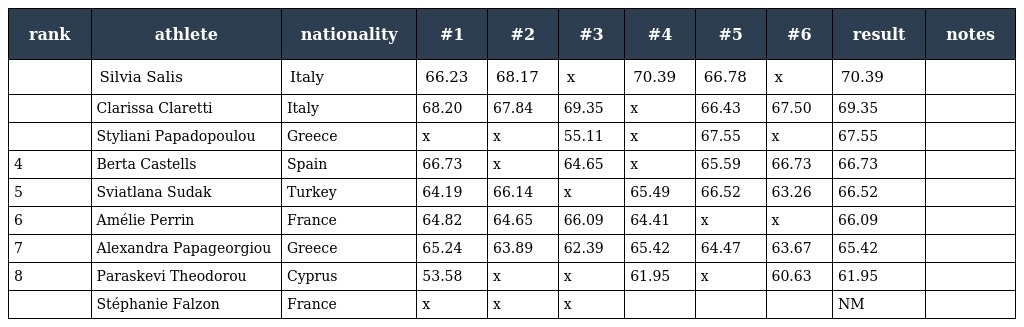
| rank | athlete | nationality | #1 | #2 | #3 | #4 | #5 | #6 | result | notes |
 | --- | --- | --- | --- | --- | --- | --- | --- | --- | --- | --- |
 |  | Silvia Salis | Italy | 66.23 | 68.17 | x | 70.39 | 66.78 | x | 70.39 |  |
 |  | Clarissa Claretti | Italy | 68.20 | 67.84 | 69.35 | x | 66.43 | 67.50 | 69.35 |  |
 |  | Styliani Papadopoulou | Greece | x | x | 55.11 | x | 67.55 | x | 67.55 |  |
 | 4 | Berta Castells | Spain | 66.73 | x | 64.65 | x | 65.59 | 66.73 | 66.73 |  |
 | 5 | Sviatlana Sudak | Turkey | 64.19 | 66.14 | x | 65.49 | 66.52 | 63.26 | 66.52 |  |
 | 6 | Amélie Perrin | France | 64.82 | 64.65 | 66.09 | 64.41 | x | x | 66.09 |  |
 | 7 | Alexandra Papageorgiou | Greece | 65.24 | 63.89 | 62.39 | 65.42 | 64.47 | 63.67 | 65.42 |  |
 | 8 | Paraskevi Theodorou | Cyprus | 53.58 | x | x | 61.95 | x | 60.63 | 61.95 |  |
 |  | Stéphanie Falzon | France | x | x | x |  |  |  | NM |  |